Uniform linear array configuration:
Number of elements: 16
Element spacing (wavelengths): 0.25
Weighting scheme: hamming
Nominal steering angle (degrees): -45
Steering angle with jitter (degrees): -45.044
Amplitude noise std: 0.05
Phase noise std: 0.05

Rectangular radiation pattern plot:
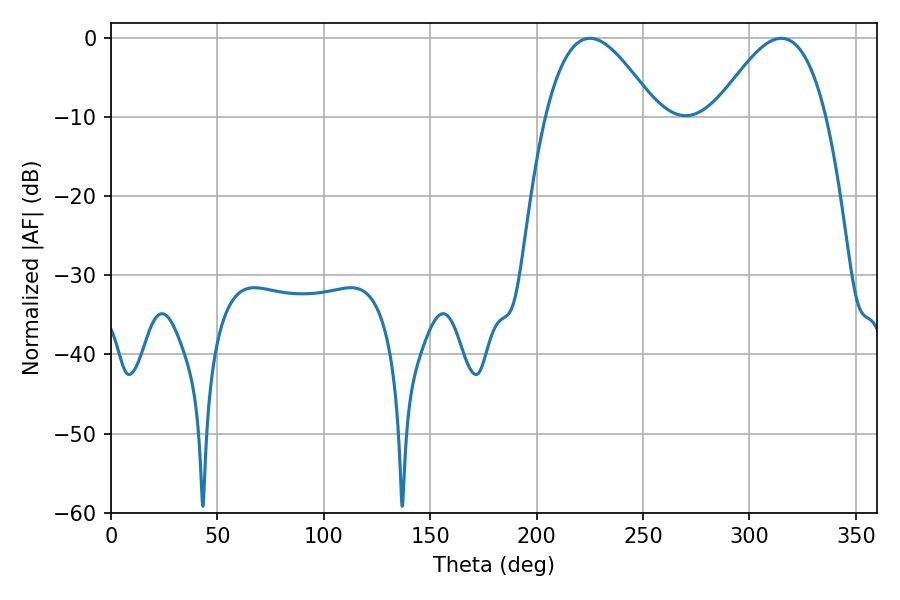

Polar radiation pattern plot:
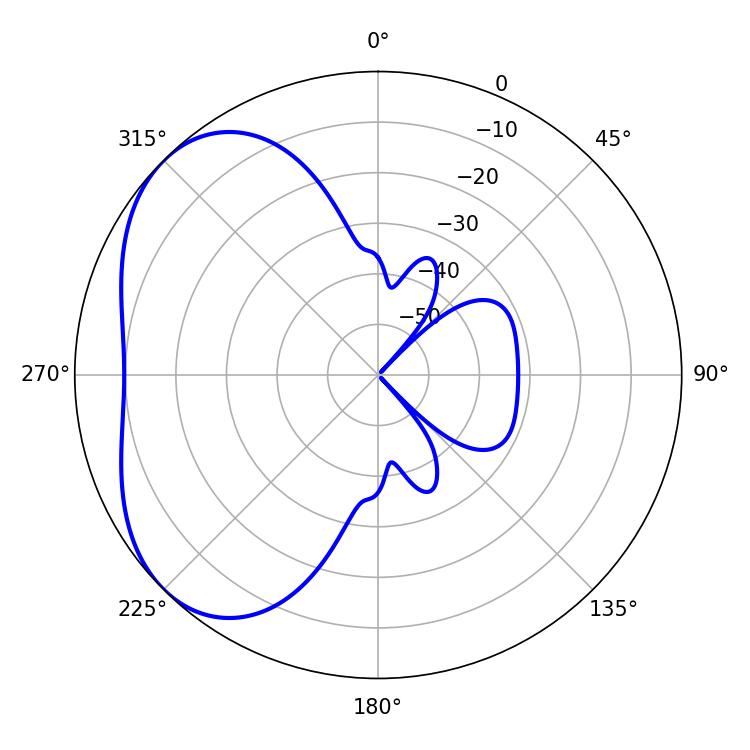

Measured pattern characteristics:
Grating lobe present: FALSE
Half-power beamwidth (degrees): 28.26
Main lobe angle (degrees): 225